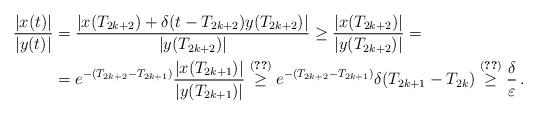
LaTeX: \begin{align*} \frac{|x(t)|}{|y(t)|} &= \frac{|x(T_{2k+2})+\delta(t-T_{2k+2})y(T_{2k+2})|}{|y(T_{2k+2})|} \ge \frac{|x(T_{2k+2})|}{|y(T_{2k+2})|}=\\ &= e^{-(T_{2k+2}-T_{2k+1})} \frac{|x(T_{2k+1})|}{|y(T_{2k+1})|}\stackrel{\eqref{rel1}}{\ge} e^{-(T_{2k+2}-T_{2k+1})}\delta(T_{2k+1}-T_{2k})\stackrel{\eqref{rel2}}{\ge} \frac{\delta}{\varepsilon}\,. \end{align*}